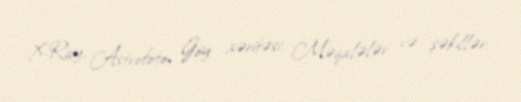
X-Ray, Astrofoto, Göy xəritəsi, Məqalələr və şəkillər.